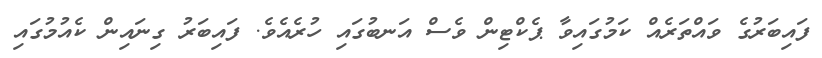
ފައިބަރުގެ ވައްތަރެއް ކަމުގައިވާ ޕެކްޓިން ވެސް އަނބުގައި ހުރެއެވެ. ފައިބަރު ގިނައިން ކެއުމުގައި